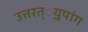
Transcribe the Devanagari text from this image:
उत्तरत््रयूपांग